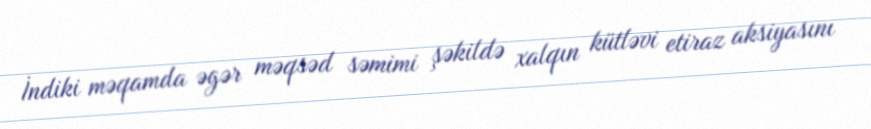
İndiki məqamda əgər məqsəd səmimi şəkildə xalqın kütləvi etiraz aksiyasını